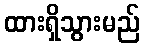
ထားရှိသွားမည်